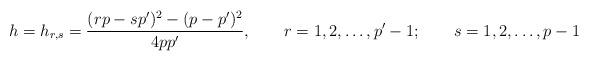
LaTeX: \begin{align*}h=h_{r,s}={(rp-sp')^2-(p-p')^2\over 4pp'},\qquad r=1,2,\ldots,p'-1;\qquad s=1,2,\ldots,p-1\end{align*}